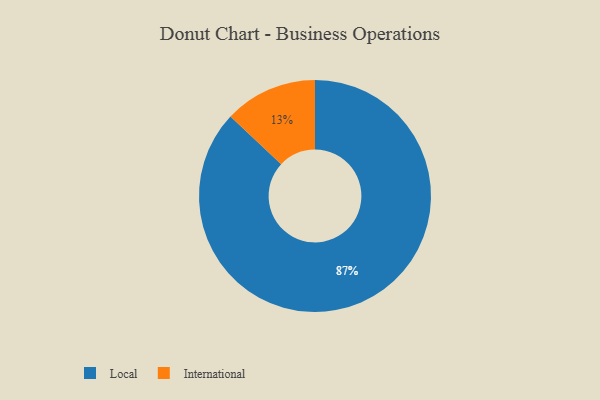
{"axis": {"x": "Category", "y": "Percentage"}, "legend": ["International", "Local"], "data": [{"x": "International", "y": 13, "type": "International"}, {"x": "Local", "y": 87, "type": "Local"}]}